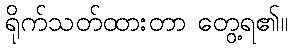
ရိုက်သတ်ထားတာ တွေ့ရ၏။